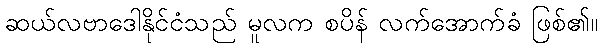
ဆယ်လဗာဒေါနိုင်ငံသည် မူလက စပိန် လက်အောက်ခံ ဖြစ်၏။